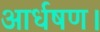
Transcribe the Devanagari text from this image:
आर्धषण।